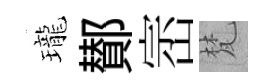
瓏鄼崈梵